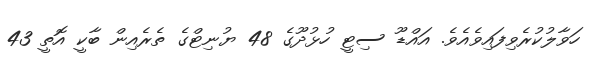
ހަވާލުކުރެވިފައިވެއެވެ. އައްޑޫ ސިޓީ ހުޅުދޫގެ 48 ޔުނިޓްގެ ތެރެއިން ބާކީ އޮތީ 43